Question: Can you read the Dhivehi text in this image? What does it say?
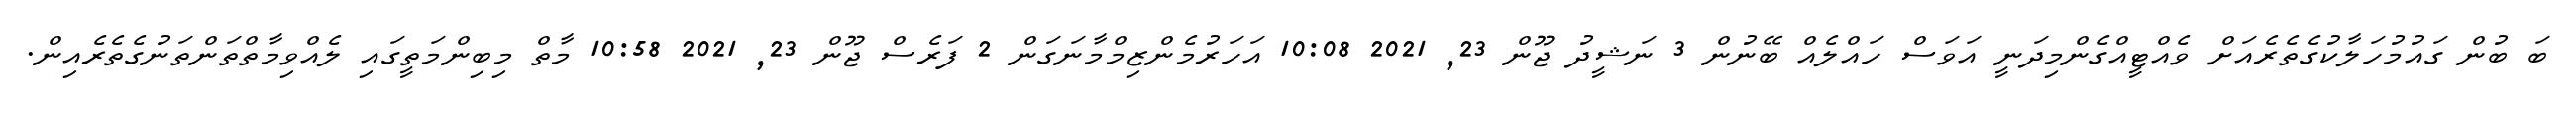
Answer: ބަ ބުން ގައުމުހަލާކުގެތެރެއަށް ވެއްޓީއްގެންމިދަނީ އަވަސް ހައްލެއް ބޭނުން 3 ނަޝީދު ޖޫން 23, 2021 10:08 އަހަރުމެންޒިމްމާނަގަން 2 ފަރެސް ޖޫން 23, 2021 10:58 މާތް މިބިންމަތީގައި ލެއްވިމާތްތަންތަނުގެތެރެއިން.